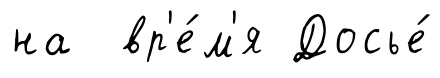
на вр'е́м'я Досье́